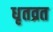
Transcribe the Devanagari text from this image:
धृतव्रत